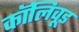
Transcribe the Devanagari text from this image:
कॉलिवूड